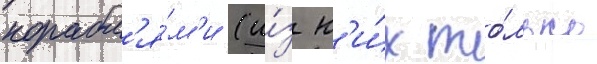
корабл'я́м'и (и́з н'и́х то́лько